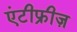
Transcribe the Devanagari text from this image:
एंटीफ्रीज़